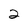
Character: 2